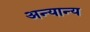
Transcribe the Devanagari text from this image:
अन्‍यान्‍य